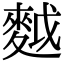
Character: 𪌝